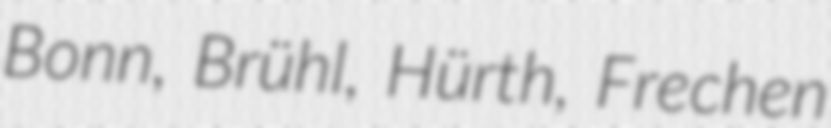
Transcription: Bonn, Brühl, Hürth, Frechen